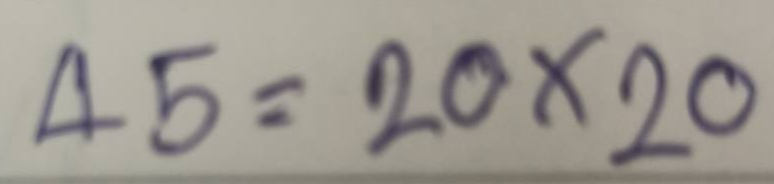
45 = 20x20